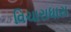
વિચારાધારા